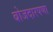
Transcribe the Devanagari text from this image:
बोजदारपणा